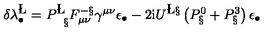
\delta \lambda _ { \bullet } ^ { \L } = P _ { \phantom { { \bf \L } } \S } ^ { \L } F _ { \mu \nu } ^ { - \S } \gamma ^ { \mu \nu } \epsilon _ { \bullet } - 2 \mathrm { i } U ^ { \L \S } \left( P _ { \S } ^ { 0 } + P _ { \S } ^ { 3 } \right) \epsilon _ { \bullet }